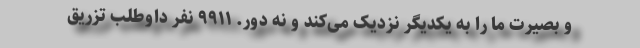
و بصیرت ما را به یکدیگر نزدیک می‌کند و نه دور. ۹۹۱۱ نفر داوطلب تزریق